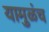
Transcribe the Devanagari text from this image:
यामुळंच